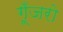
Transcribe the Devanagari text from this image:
गूँजरो